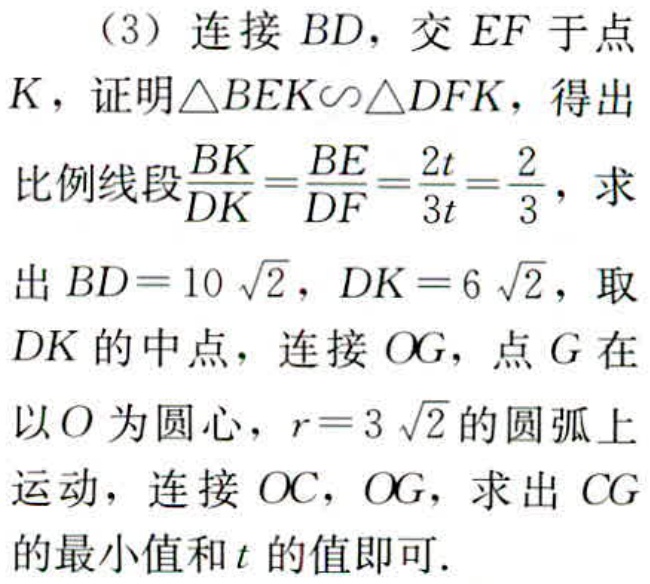
（3）连接 \(BD\)，交 \(EF\) 于点

\(K\)，证明\(\triangle BEK\sim\triangle DFK\)，得出

比例线段\(\frac{BK}{DK}=\frac{BE}{DF}=\frac{2t}{3t}=\frac{2}{3}\)，求

出 \(BD = 10\sqrt{2}\)，\(DK = 6\sqrt{2}\)，取

\(DK\) 的中点，连接 \(OG\)，点 \(G\) 在

以 \(O\) 为圆心，\(r = 3\sqrt{2}\) 的圆弧上

运动，连接 \(OC\)，\(OG\)，求出 \(CG\)

的最小值和 \(t\) 的值即可.